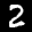
Label: 2